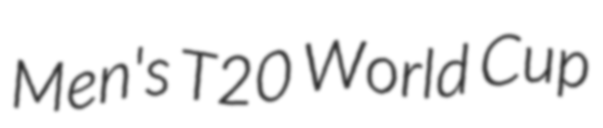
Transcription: Men's T20 World Cup